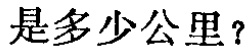
是多少公里？